Report of the Indian Hemp Drugs Commission, 1894-1895 - Volume I
Year: 1894
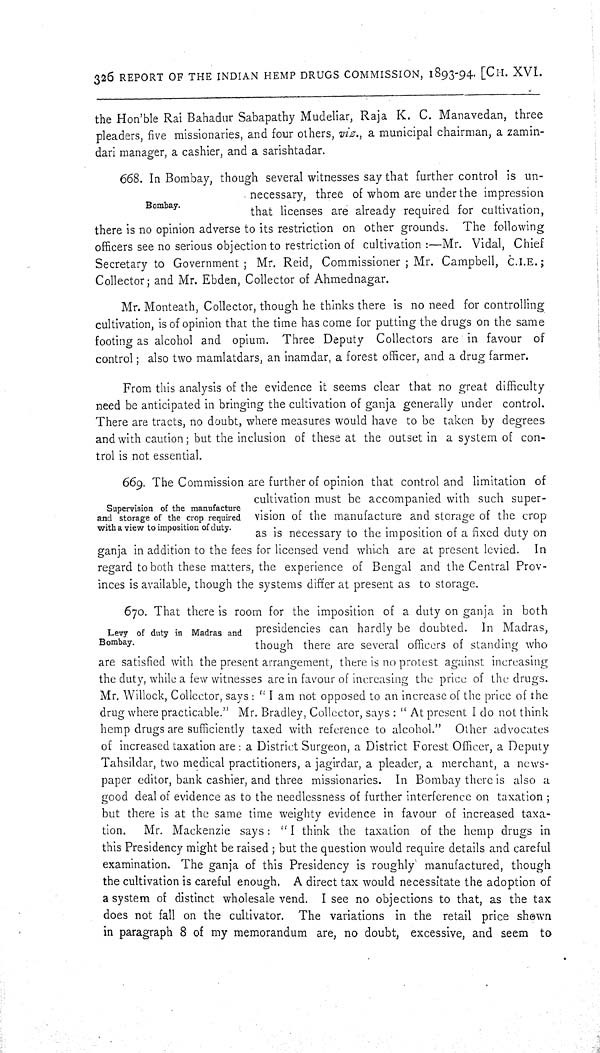
326 REPORT OF THE INDIAN HEMP DRUGS COMMISSION, 1893-94. [CH. XVI.
the Hon'ble Rai Bahadur Sabapathy Mudeliar, Raja K. C. Manavedan, three
pleaders, five missionaries, and four others, viz., a municipal chairman, a zamin-
dari manager, a cashier, and a sarishtadar.
Bombay.
668. In Bombay, though several witnesses say that further control is un-
necessary, three of whom are under the impression
that licenses are already required for cultivation,
there is no opinion adverse to its restriction on other grounds. The following
officers see no serious objection to restriction of cultivation:—Mr. Vidal, Chief
Secretary to Government; Mr. Reid, Commissioner; Mr. Campbell, C.I.E.;
Collector; and Mr. Ebden, Collector of Ahmednagar.
Mr. Monteath, Collector, though he thinks there is no need for controlling
cultivation, is of opinion that the time has come for putting the drugs on the same
footing as alcohol and opium. Three Deputy Collectors are in favour of
control; also two mamlatdars, an inamdar, a forest officer, and a drug farmer.
From this analysis of the evidence it seems clear that no great difficulty
need be anticipated in bringing the cultivation of ganja generally under control.
There are tracts, no doubt, where measures would have to be taken by degrees
and with caution; but the inclusion of these at the outset in a system of con-
trol is not essential.
Supervision of the manufacture
and storage of the crop required
with a view to imposition of duty.
669. The Commission are further of opinion that control and limitation of
cultivation must be accompanied with such super-
vision of the manufacture and storage of the crop
as is necessary to the imposition of a fixed duty on
ganja in addition to the fees for licensed vend which are at present levied.
In
regard to both these matters, the experience of Bengal and the Central Prov-
inces is available, though the systems differ at present as to storage.
Levy of duty in Madras and
Bombay.
670. That there is room for the imposition of a duty on ganja in both
presidencies can hardly be doubted. In Madras,
though there are several officers of standing who
are satisfied with the present arrangement, there is no protest against increasing
the duty, while a few witnesses are in favour of increasing the price of the drugs.
Mr. Willock, Collector, says: "I am not opposed to an increase of the price of the
drug where practicable." Mr. Bradley, Collector, says: "At present I do not think
hemp drugs are sufficiently taxed with reference to alcohol." Other advocates
of increased taxation are: a District Surgeon, a District Forest Officer, a Deputy
Tahsildar, two medical practitioners, a jagirdar, a pleader, a merchant, a news-
paper editor, bank cashier, and three missionaries. In Bombay there is also a
good deal of evidence as to the needlessness of further interference on taxation;
but there is at the same time weighty evidence in favour of increased taxa-
tion.
Mr. Mackenzie says: "I think the taxation of the hemp drugs in
this Presidency might be raised; but the question would require details and careful
examination. The ganja of this Presidency is roughly manufactured, though
the cultivation is careful enough. A direct tax would necessitate the adoption of
a system of distinct wholesale vend. I see no objections to that, as the tax
does not fall on the cultivator. The variations in the retail price shown
in paragraph 8 of my memorandum are, no doubt, excessive, and seem to